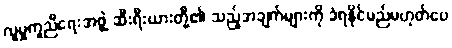
လူမှုကူညီရေးအဖွဲ့ ဆီးရီးယားတို့၏ သည့်အချက်များကို ခံရနိုင်မည်မဟုတ်ပေ